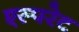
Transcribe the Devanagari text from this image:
एस्परेट